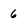
Character: 6